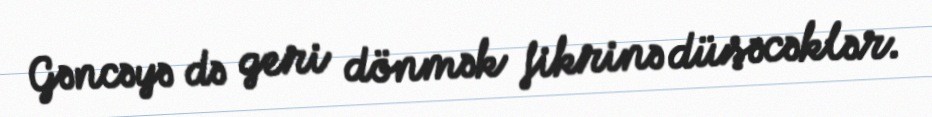
Gəncəyə də geri dönmək fikrinə düşəcəklər.